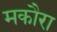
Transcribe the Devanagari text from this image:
मकौरा